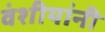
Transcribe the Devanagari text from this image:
वंशीयांनी